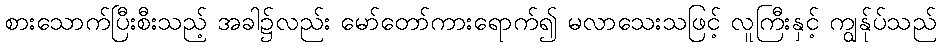
စားသောက်ပြီးစီးသည့် အခါ၌လည်း မော်တော်ကားရောက်၍ မလာသေးသဖြင့် လူကြီးနှင့် ကျွန်ုပ်သည်